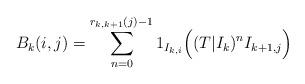
LaTeX: \begin{align*}B_k(i,j) = \sum_{n=0}^{r_{k,k+1}(j)-1} 1_{I_{k,i}} \Big( (T|I_k)^n I_{k+1,j} \Big)\end{align*}